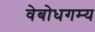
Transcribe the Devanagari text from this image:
वेबोधगम्य